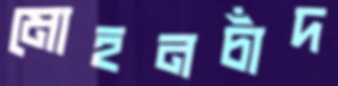
মোহনচাঁদ